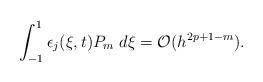
LaTeX: \begin{align*}\int_{-1}^1 \epsilon_j(\xi,t) P_m \; d\xi = \mathcal{O}(h^{2p+1-m}).\end{align*}